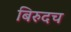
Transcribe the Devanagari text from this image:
बिरुदच